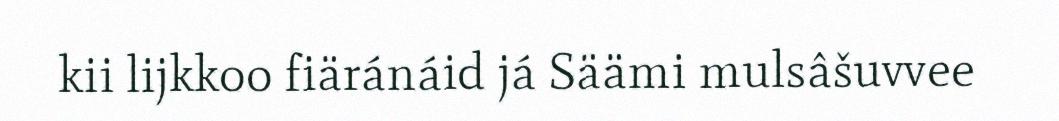
kii lijkkoo fiäránáid já Säämi mulsâšuvvee